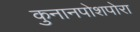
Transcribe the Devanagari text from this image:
कुनानपोशपोरा